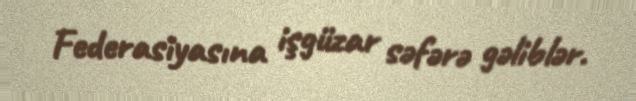
Federasiyasına işgüzar səfərə gəliblər.